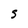
Character: s